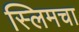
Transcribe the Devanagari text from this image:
स्लिमचा